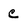
Character: c